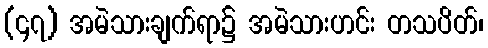
(၄၇) အမဲသားချက်ရာ၌ အမဲသားဟင်း တသပိတ်၊